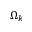
\Omega _ { k }